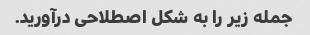
جمله زیر را به شکل اصطلاحی درآورید.